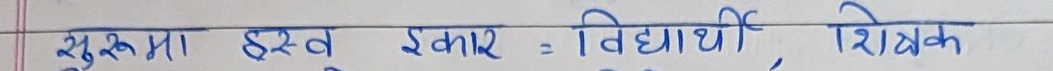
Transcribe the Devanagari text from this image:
सुक्ष्ममां हस्व इकार = विद्यार्थी, शिक्षक